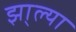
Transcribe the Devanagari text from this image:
झा्ल्या